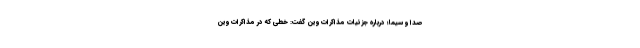
صدا و سیما؛ درباره جزئیات مذاکرات وین گفت: خطی که در مذاکرات وین